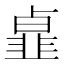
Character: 𩐃